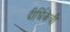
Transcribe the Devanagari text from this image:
दीर्घिकेची